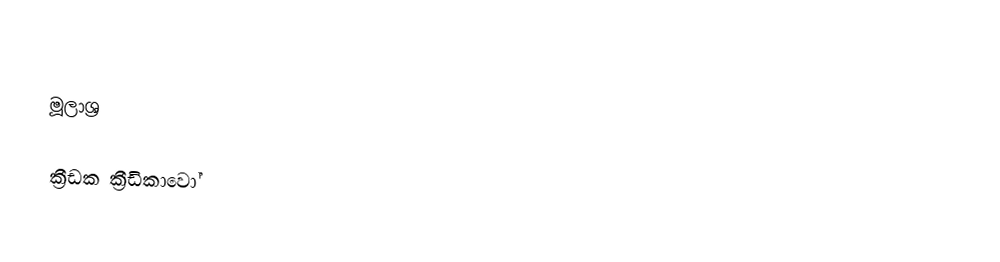

මූලාශ්‍ර

ක්‍රීඩක ක්‍රීඩිකාවෝ